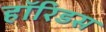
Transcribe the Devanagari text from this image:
हॉरिडस